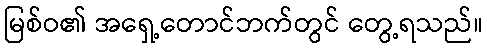
မြစ်ဝ၏ အရှေ့တောင်ဘက်တွင် တွေ့ရသည်။